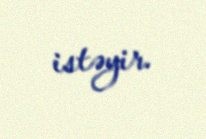
istəyir.